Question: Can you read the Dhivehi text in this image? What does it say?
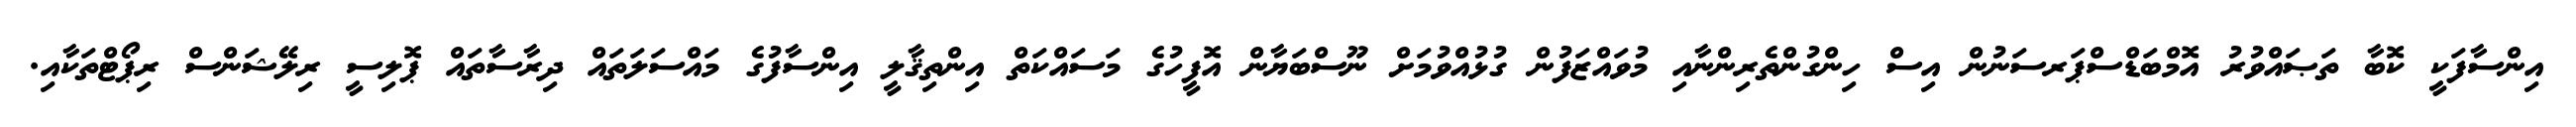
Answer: އިންސާފަކީ ކޮބާ ތަޞައްވުރު އޮމްބަޑްސްޕަރސަނުން އިސް ހިންގުންތެރިންނާއި މުވައްޒަފުން ގުޅުއްވުމަށް ނޫސްބަޔާން އޮފީހުގެ މަސައްކަތް އިންތިޤާލީ އިންސާފުގެ މައްސަލަތައް ދިރާސާތައް ޕޮލިސީ ރިލޭޝަންސް ރިޕޯޓްތަކާއި.